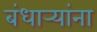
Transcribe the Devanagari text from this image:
बंधार्‍यांना